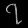
Digit: ၇